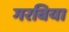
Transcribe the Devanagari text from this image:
गरबिया